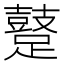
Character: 𨆊